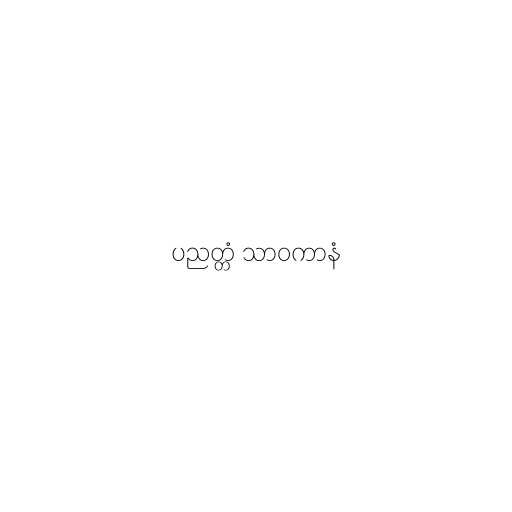
ပညတ္တံ သာဝကာနံ